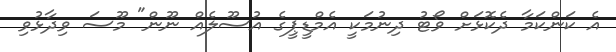
އެ ކަންކަމާ ދެކޮޅަށް ވޯޓު ދިނުމަކީ އެމްޑީޕީގެ އުސޫލެއް ނޫން" މޫސަ ވިދާޅުވި